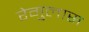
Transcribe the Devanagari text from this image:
रेगुलास